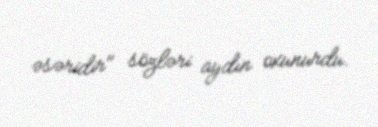
əsəridir" sözləri aydın oxunurdu.